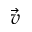
\vec { v }